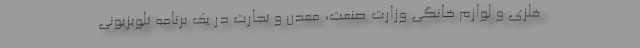
فلزی و لوازم خانگی وزارت صنعت، معدن و تجارت در یک برنامه تلویزیونی